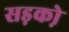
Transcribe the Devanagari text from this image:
सड़को़